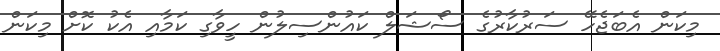
މިކަން އެބަޖެހޭ ސަރުކާރުގެ ސޯޝަލް ކައުންސިލުން ހީވާގި ކަމާއި އެކު ކޮށް މިކަން